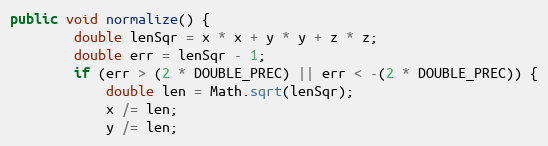
Language: Java
public void normalize() {
        double lenSqr = x * x + y * y + z * z;
        double err = lenSqr - 1;
        if (err > (2 * DOUBLE_PREC) || err < -(2 * DOUBLE_PREC)) {
            double len = Math.sqrt(lenSqr);
            x /= len;
            y /= len;